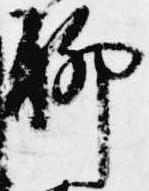
聊